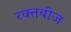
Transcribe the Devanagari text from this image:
रक्‍तबीज